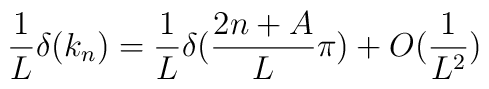
\frac{1}{L}\delta (k_{n})=\frac{1}{L}\delta (\frac{2n+A}{L}\pi )+O(\frac{1}{L^{2}})